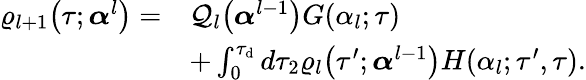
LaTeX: \begin{array}{rl}{\varrho_{l+1}\big(\tau;\boldsymbol{\alpha}^{l}\big)=}&{\mathcal{Q}_{l}\big(\boldsymbol{\alpha}^{l-1}\big)G(\alpha_{l};\tau)}\\ &{+\int_{0}^{\tau_{\mathrm{d}}}d\tau_{2}\varrho_{l}\big(\tau^{\prime};\boldsymbol{\alpha}^{l-1}\big)H(\alpha_{l};\tau^{\prime},\tau).}\end{array}